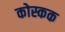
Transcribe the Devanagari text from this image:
कोस्कक